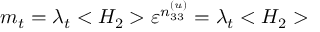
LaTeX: m _ { t } = \lambda _ { t } < H _ { 2 } > \varepsilon ^ { n _ { 3 3 } ^ { ( u ) } } = \lambda _ { t } < H _ { 2 } >